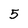
Character: 5